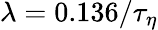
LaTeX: \lambda=0.136/\tau_{\eta}